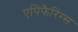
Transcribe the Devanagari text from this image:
एपिफैरिंग्स